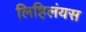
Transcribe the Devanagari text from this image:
लिहिलंयस